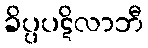
ခိပ္ပပဋိလာဘီ